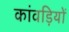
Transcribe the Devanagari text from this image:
कांवड़ियों